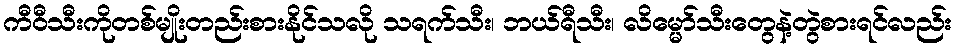
ကီဝီသီးကိုတစ်မျိုးတည်းစားနိုင်သလို သရက်သီး၊ ဘယ်ရီသီး၊ လိမ္မော်သီးတွေနဲ့တွဲစားရင်လည်း